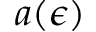
a ( \epsilon )